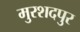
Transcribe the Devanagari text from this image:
मुरशदपुर